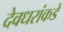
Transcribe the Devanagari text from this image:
देवधरांकडे